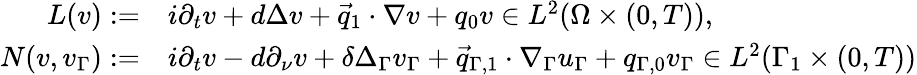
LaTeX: \begin{array}{rl}{L(v):=}&{i\partial_{t}v+d\Delta v+\vec{q}_{1}\cdot\nabla v+q_{0}v\in L^{2}(\Omega\times(0,T)),}\\ {N(v,v_{\Gamma}):=}&{i\partial_{t}v-d\partial_{\nu}v+\delta\Delta_{\Gamma}v_{\Gamma}+\vec{q}_{\Gamma,1}\cdot\nabla_{\Gamma}u_{\Gamma}+q_{\Gamma,0}v_{\Gamma}\in L^{2}(\Gamma_{1}\times(0,T))}\end{array}